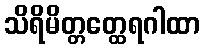
သိရိမိတ္တတ္ထေရဂါထာ